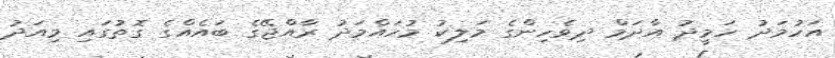
އަހުމަދު ހަމީދު އާދަމް ދިވެހިންގެ މަލިކު މުހައްމަދު ރާއްޖޭގެ ބައެއްގެ ގޮތުގައި މިއަދު